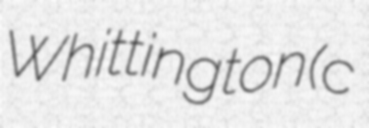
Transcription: Whittington (c